Calcutta medical institutions reports 1871-78
Year: 1871
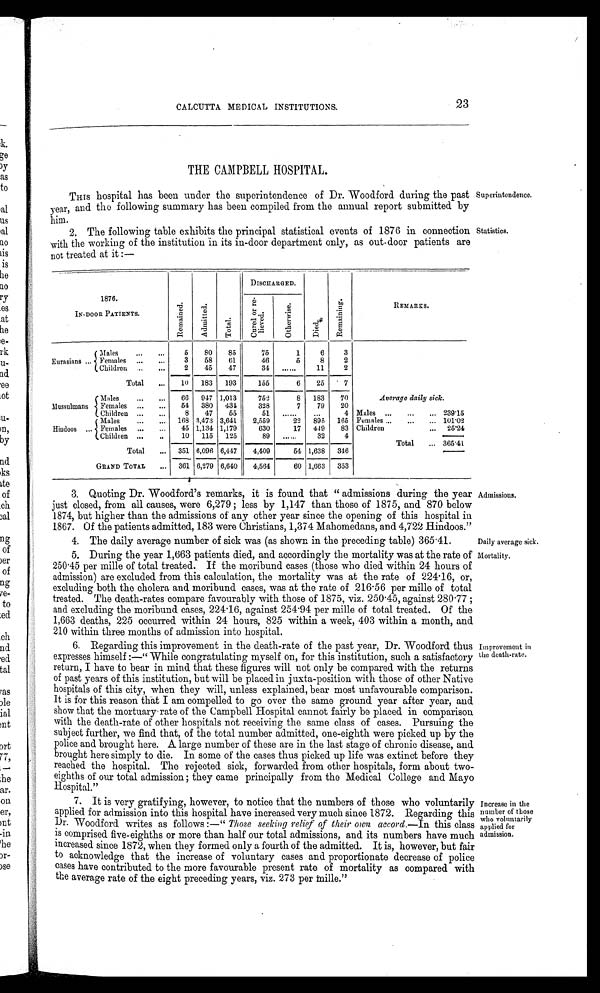
CALCUTTA MEDICAL INSTITUTIONS.
23
THE CAMPBELL HOSPITAL.
THIS hospital has been under the superintendence of Dr. Woodford during the past
year, and the following summary has been compiled from the annual report submitted by
him.
2. The following table exhibits the principal statistical events of 1876 in connection
with the working of the institution in its in-door department only, as out-door patients are
not treated at it:—
1876.
IN-DOOR PATIENTS.
R e m a i n e d .
A d m i t t e d .
T o t a l .
DISCHARGED.
D i e d .
R e m a i n i n g .
REMARKS.
C u r e d o r r e - l i e v e d .
O t h e r w i s e .
Eurasians... Males ... ... Females ... ...
Children ... ...
Total ...
Mussulmans
M a l e s . . . . . .
Females
. . . . . .
Children ... ...
Hiudoos ...
Males
. . . . . .
Females ... ...
Children ... ...
Total ...
GRAND TOTAL ...
5 3
2
8 0
6 1
45
8 5
6 1
47
75
46
34
1
5
6 8
11
3 2
2
Average daily sick .
Males ... ... ... 239·15
Females ... ... ... 101·02
Children ... 25·24
10 183 193
155
6
25
7
66
54
8
168
45
10
947
380
47
3,473
1,134
115
1,013
431
55
3,641
1,179
125
752
328
5 1
2,559 6 3 0
8 9
8 7
.....
22
17 . . . . . .
183183 7 9
. . .
8 9 5
4 4 9
3 2
32
70
20
4
165
83
4
Total ... 365·41
351 6,096 6,447
4,409
54 1,638 346
361 6,279 6,640
4,564
60 1,663 353
3. Quoting Dr. Woodford's remarks, it is found that "admissions during the year
just closed, from all causes, were 6,279; less by 1,147 than those of 1875, and 870 below
1874, but higher than the admissions of any other year since the opening of this hospital in
1867. Of the patients admitted, 183 were Christians, 1,374 Mahomedans, and 4,722 Hindoos."
4. The daily average number of sick was (as shown in the preceding table) 365·41.
5. During the year 1,663 patients died, and accordingly the mortality was at the rate of
250 .45 per mille of total treated. If the moribund cases (those who died within 24 hours of
admission) are excluded from this calculation, the mortality was at the rate of 224 . 16, or,
excluding both the cholera and moribund cases, was at the rate of 216 . 56 per mille of total
treated. The death-rates compare favourably with those of 1875, viz. 250 .45, against 280·77;
and excluding the moribund cases, 224·16, against 254·94 per mille of total treated. Of the
1,663 deaths, 225 occurred within 24 hours, 825 within a week, 403 within a month, and
210 within three months of admission into hospital.
6. Regarding this improvement in the death-rate of the past year, Dr. Woodford thus
expresses himself:—"While congratulating myself on, for this institution, such a satisfactory
return, I have to bear in mind that these figures will not only be compared with the returns
of past years of this institution, but will be placed in juxta-position with those of other Native
hospitals of this city, when they will, unless explained, bear most unfavourable comparison.
It is for this reason that I am compelled to go over the same ground year after year, and
show that the mortuary rate of the Campbell Hospital cannot fairly be placed in comparison
with the death-rate of other hospitals not receiving the same class of cases. Pursuing the
subject further, we find that, of the total number admitted, one-eighth were picked up by the
police and brought here. A. large number of these are in the last stage of chronic disease, and
brought here simply to die. In some of the cases thus picked up life was extinct before they
reached the hospital. The rejected sick, forwarded from other hospitals, form about two-
eighths of our total admission; they came principally from the Medical College and Mayo
Hospital."
7. It is very gratifying, however, to notice that the numbers of those who voluntarily
applied for admission into this hospital have increased very much since 1872. Regarding this
Dr. Woodford writes as follows:—" Those seeking relief of their own accord.— In this class
is comprised five-eighths or more than half our total admissions, and its numbers have much
increased since 1872, when they formed only a fourth of the admitted. It is, however, but fair
to acknowledge that the increase of voluntary cases and proportionate decrease of police
cases have contributed to the more favourable present rate of mortality as compared with
the average rate of the eight preceding years, viz. 273 per mille."
Superintendence.
Statistics.
Admissions.
Daily average sick.
Mortality.
Improvement in
the death-rate.
Increase in the
number of those
who voluntarily
applied for
admission.